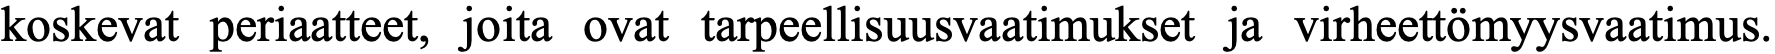
koskevat periaatteet, joita ovat tarpeellisuusvaatimukset ja virheettömyysvaatimus.